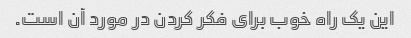
این یک راه خوب برای فکر کردن در مورد آن است.